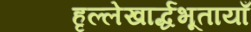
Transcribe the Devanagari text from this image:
हृल्लेखार्द्धभूतायाँ